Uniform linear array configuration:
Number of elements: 4
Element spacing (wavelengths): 0.75
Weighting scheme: cosine
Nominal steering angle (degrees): -30
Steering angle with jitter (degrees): -30.515
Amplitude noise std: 0.05
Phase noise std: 0.05

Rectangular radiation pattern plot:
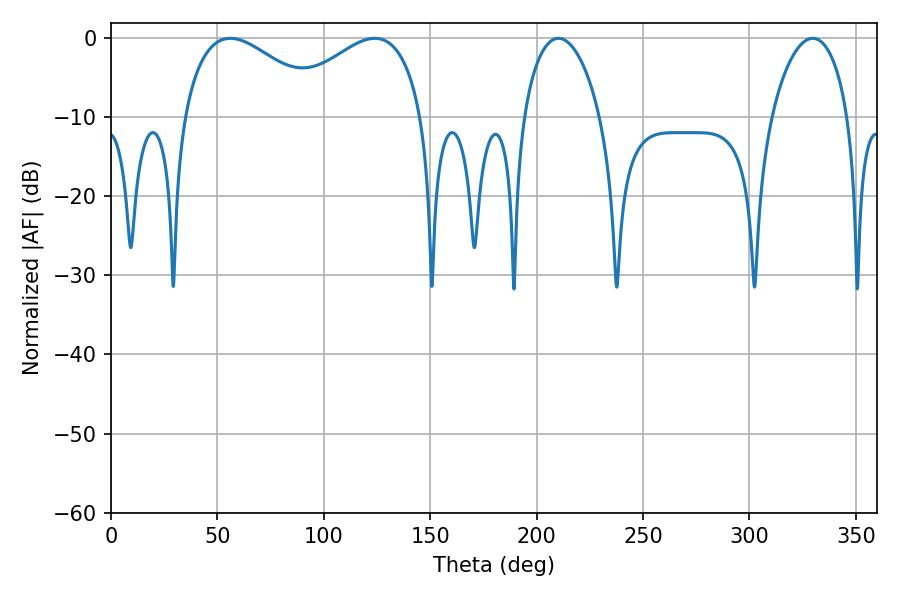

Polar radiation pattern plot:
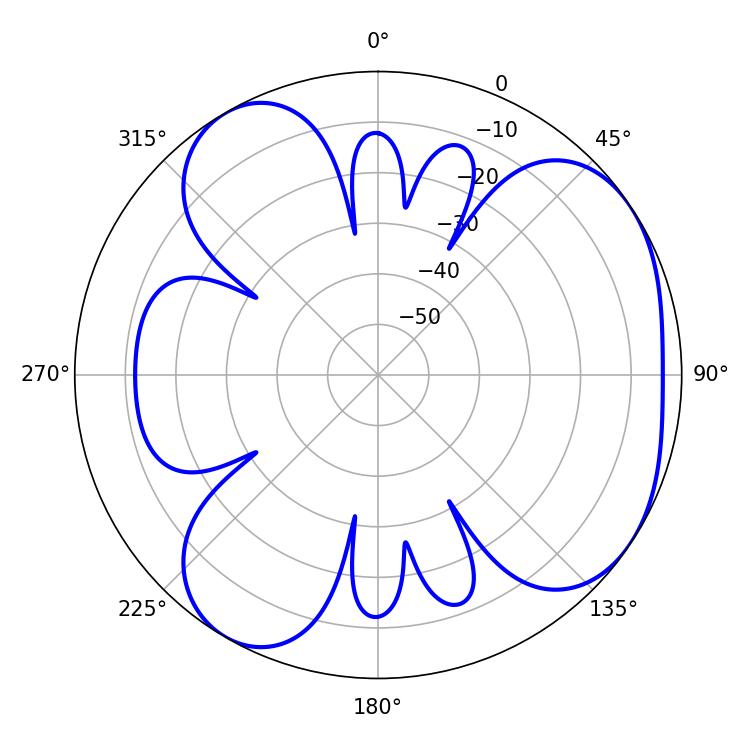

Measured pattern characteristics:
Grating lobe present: TRUE
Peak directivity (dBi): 4.788
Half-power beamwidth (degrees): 20.52
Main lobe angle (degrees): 210.24